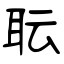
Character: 耺